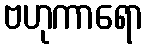
ဗဟုကာရော